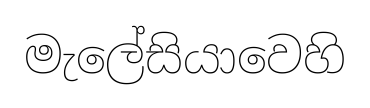
මැලේසියාවෙහි